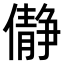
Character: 𫣺